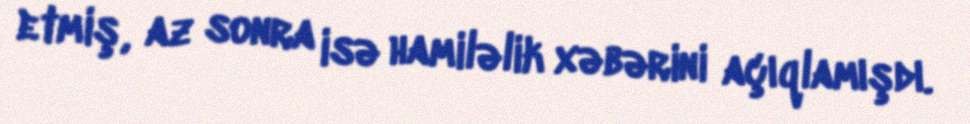
etmiş, az sonra isə hamiləlik xəbərini açıqlamışdı.